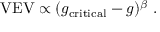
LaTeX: \mathrm { V E V } \propto ( g _ { \mathrm { c r i t i c a l } } - g ) ^ { \beta } \; .